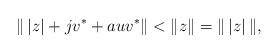
LaTeX: \begin{align*}\|\,|z|+jv^*+auv^*\|<\|z\|=\|\,|z|\,\|,\end{align*}